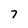
Character: 7